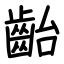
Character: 齝